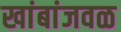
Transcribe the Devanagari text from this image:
खांबांजवळ